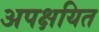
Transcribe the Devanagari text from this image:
अपक्षयित